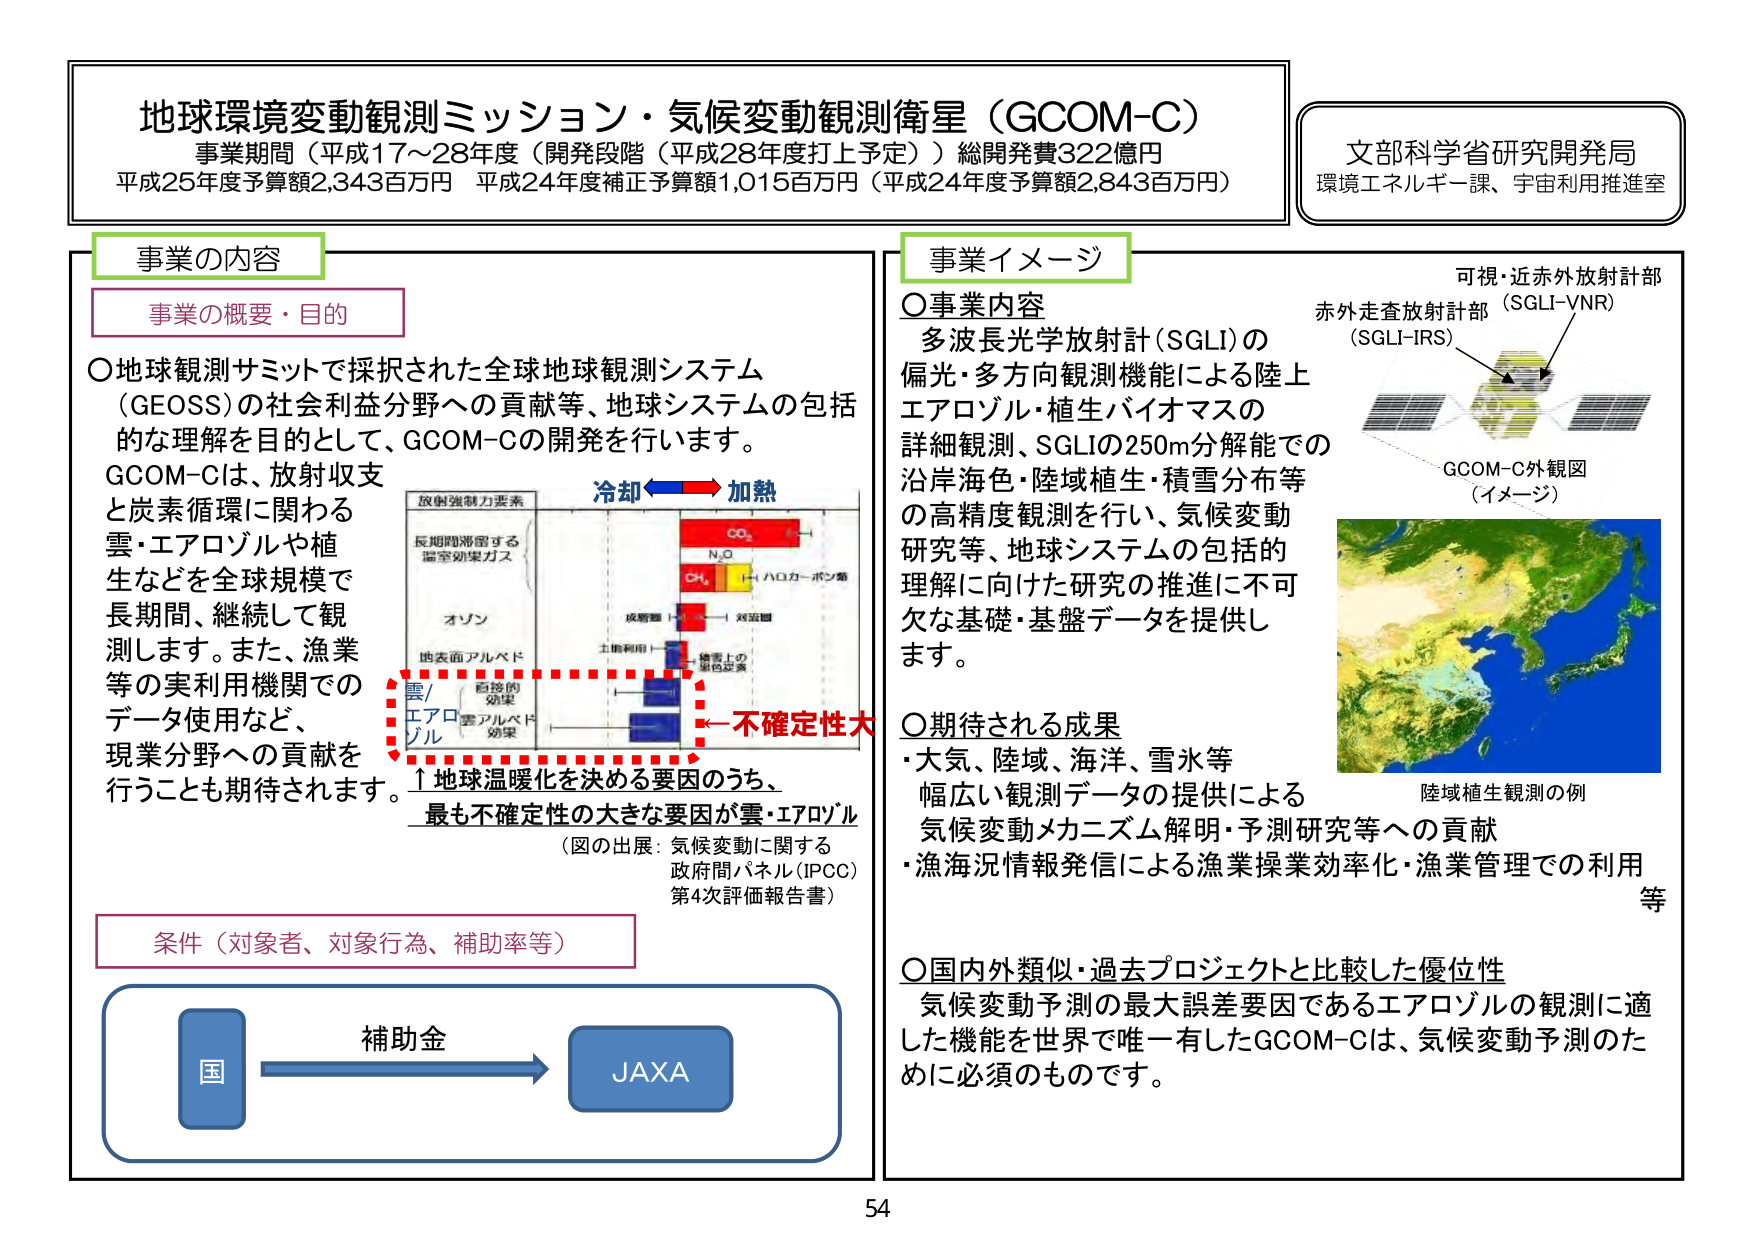
地球環境変動観測ミッション・気候変動観測衛星（GCOM-C）
事業期間（平成17～28年度（開発段階（平成28年度打上予定））総開発費322億円
平成25年度予算額2,343百万円 平成24年度補正予算額1,015百万円（平成24年度予算額2,843百万円）

文部科学省研究開発局
環境エネルギー課、宇宙利用推進室

事業の内容
事業の概要・目的
○地球観測サミットで採択された全球地球観測システム（GEOSS）の社会利益分野への貢献等、地球システムの包括的な理解を目的として、GCOM-Cの開発を行います。
GCOM-Cは、放射収支と炭素循環に関わる雲・エアロゾルや植生などを全球規模で長期間、継続して観測します。また、漁業等の実利用機関でのデータ使用など、現業分野への貢献を行うことも期待されます。

冷却 ←→ 加熱
放射強制力要素
長期間滞留する温室効果ガス
CO₂
N₂O
CH₄
H₂O（ハロカーボン類）
オゾン
地表面アルベド
土地利用
植生上の褐色炭素
直接的効果
雲アルベド効果
雲/エアロゾル
↑地球温暖化を決める要因のうち、
最も不確定性の大きな要因が雲・エアロゾル
（図の出展：気候変動に関する政府間パネル（IPCC）第4次評価報告書）
←不確定性大

条件（対象者、対象行為、補助率等）
国 → 補助金 → JAXA

事業イメージ
○事業内容
多波長光学放射計（SGLI）の偏光・多方向観測機能による陸上エアロゾル・植生バイオマスの詳細観測、SGLIの250m分解能での沿岸海色・陸域植生・積雪分布等の高精度観測を行い、気候変動研究等、地球システムの包括的理解に向けた研究の推進に不可欠な基礎・基盤データを提供します。

○期待される成果
・大気、陸域、海洋、雪氷等幅広い観測データの提供による気候変動メカニズム解明・予測研究等への貢献
・漁海況情報発信による漁業操業効率化・漁業管理での利用等

○国内外類似・過去プロジェクトと比較した優位性
気候変動予測の最大誤差要因であるエアロゾルの観測に適した機能を世界で唯一有したGCOM-Cは、気候変動予測のために必須のものです。

可視・近赤外放射計部
赤外走査放射計部（SGLI-VNR）
（SGLI-IRS）
GCOM-C外観図（イメージ）
陸域植生観測の例

54